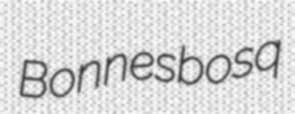
Bonnesbosq